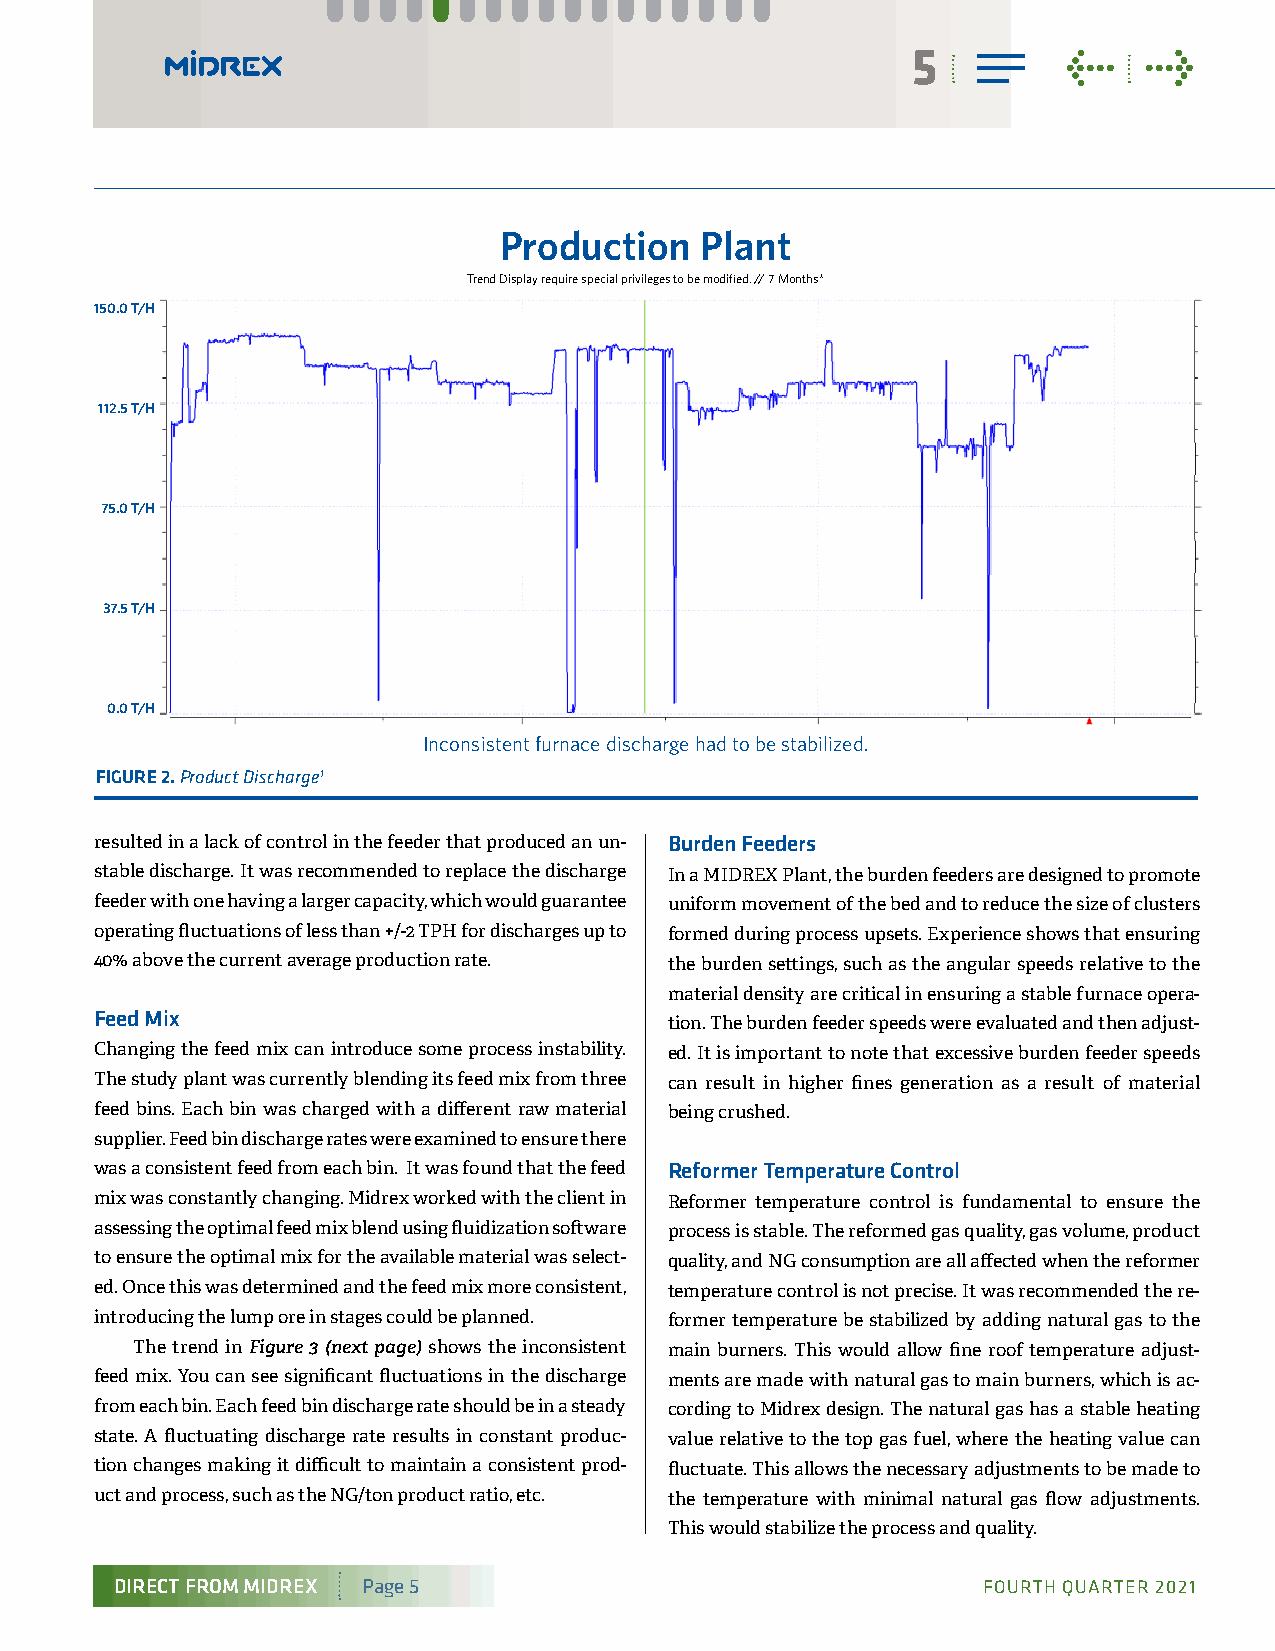
5          <    >
 Production   Plant
 Trend Display require special privileges to be modified. // 7 Months*
 150.0 T/H
 112.5 T/H
 75.0 T/H
 37.5 T/H
 0.0 T/H
 Inconsistent furnace discharge had to be stabilized.
 FIGURE 2. Product Discharge1
 resulted in a lack of control in the feeder that produced an un- Burden Feeders
 stable discharge. It was recommended to replace the discharge In a MIDREX Plant, the burden feeders are designed to promote
 feeder with one having a larger capacity, which would guarantee uniform movement of the bed and to reduce the size of clusters
 operating fluctuations of less than +/-2 TPH for discharges up to formed during process upsets. Experience shows that ensuring
 40% above the current average production rate. the burden settings, such as the angular speeds relative to the
 material density are critical in ensuring a stable furnace opera-
 Feed Mix
 tion. The burden feeder speeds were evaluated and then adjust-
 Changing the feed mix can introduce some process instability. ed. It is important to note that excessive burden feeder speeds
 The study plant was currently blending its feed mix from three can result in higher fines generation as a result of material
 feed bins. Each bin was charged with a different raw material being crushed.
 supplier. Feed bin discharge rates were examined to ensure there
 was a consistent feed from each bin. It was found that the feed Reformer Temperature Control
 mix was constantly changing. Midrex worked with the client in Reformer temperature control is fundamental to ensure the
 assessing the optimal feed mix blend using fluidization software process is stable. The reformed gas quality, gas volume, product
 to ensure the optimal mix for the available material was select- quality, and NG consumption are all affected when the reformer
 ed. Once this was determined and the feed mix more consistent, temperature control is not precise. It was recommended the re-
 introducing the lump ore in stages could be planned. former temperature be stabilized by adding natural gas to the
 The trend in Figure 3 (next page) shows the inconsistent main burners. This would allow fine roof temperature adjust-
 feed mix. You can see significant fluctuations in the discharge ments are made with natural gas to main burners, which is ac-
 from each bin. Each feed bin discharge rate should be in a steady cording to Midrex design. The natural gas has a stable heating
 state. A fluctuating discharge rate results in constant produc- value relative to the top gas fuel, where the heating value can
 tion changes making it difficult to maintain a consistent prod- fluctuate. This allows the necessary adjustments to be made to
 uct and process, such as the NG/ton product ratio, etc. the temperature with minimal natural gas flow adjustments.
 This would stabilize the process and quality.
 DIRECT FROM MIDREX Page 5                                fFOURTH QUARTER 2021